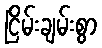
ငြိမ်းချမ်းစွာ